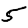
Digit: 5